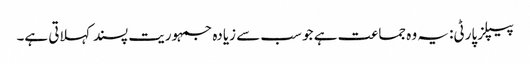
پیپلز پارٹی: یہ وہ جماعت ہے جو سب سے زیادہ جمہوریت پسند کہلاتی ہے۔